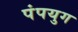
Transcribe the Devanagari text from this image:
पंपयुग